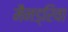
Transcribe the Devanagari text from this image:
मैनड्रिवा